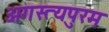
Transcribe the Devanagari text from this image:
अगस्त्यपुरम